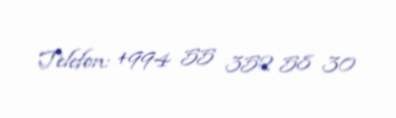
Telefon: +994 55 352 58 30